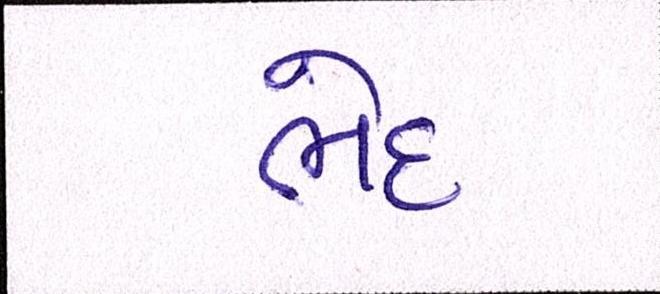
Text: ભેદ